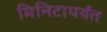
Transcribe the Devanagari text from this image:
मिनिटापर्यंत